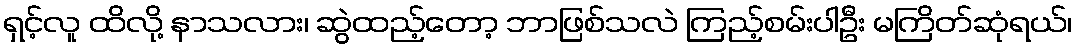
ရှင့်လူ ထိလို့ နာသလား၊ ဆွဲထည့်တော့ ဘာဖြစ်သလဲ ကြည့်စမ်းပါဦး မကြိတ်ဆုံရယ်၊